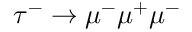
\tau ^ { - } \to \mu ^ { - } \mu ^ { + } \mu ^ { - }